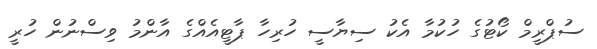
ސުޕްރީމް ކޯޓުގެ ހުކުމާ އެކު ސިޔާސީ ހުރިހާ ޕާޓީއެއްގެ އާންމު ވިސްނުން ހުރީ